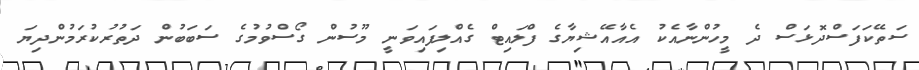
ސަތޭކަފަސްދޮޅަސް ދެ މީހުންނާއެކު އެއާއޭޝިޔާގެ ފްލައިޓް ގެއްލިފައިވަނީ މޫސުން ގޯސްވުމުގެ ސަބަބުން ދަތުރުކުރަމުންދިޔަ